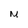
Character: M